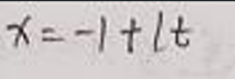
\[x = - 1 + lt\]